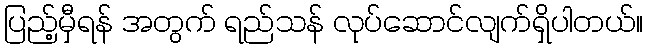
ပြည့်မှီရန် အတွက် ရည်သန် လုပ်ဆောင်လျက်ရှိပါတယ်။